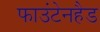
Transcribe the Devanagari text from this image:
फाउंटेनहैड